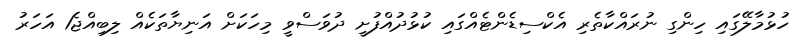
ހުޅުމާލޭގައި ހިންގި ނުރައްކާތެރި އެކްސިޑެންޓެއްގައި ކުޅުދުއްފުށީ ދުވަސްވީ މިހަކަށް އަނިޔާތަކެއް ލިބިއްޖެ1 އަހަރު